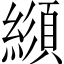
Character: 𦄼